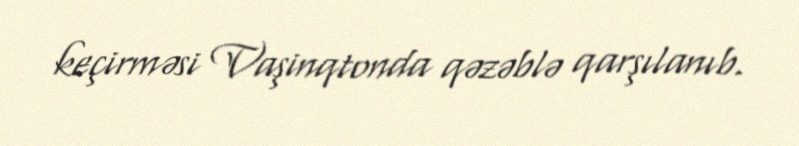
keçirməsi Vaşinqtonda qəzəblə qarşılanıb.